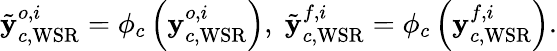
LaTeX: \tilde{{\mathbf y}}_{c,\mathrm{WSR}}^{o,i}=\phi_{c}\left({\mathbf y}_{c,\mathrm{WSR}}^{o,i}\right),\; \tilde{{\mathbf y}}_{c,\mathrm{WSR}}^{f,i}=\phi_{c}\left({\mathbf y}_{c,\mathrm{WSR}}^{f,i}\right).